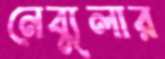
নেব্যুলার